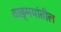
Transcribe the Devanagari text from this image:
वाङ्‍मयांतील